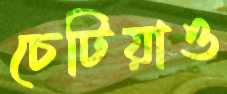
চেটিয়াও